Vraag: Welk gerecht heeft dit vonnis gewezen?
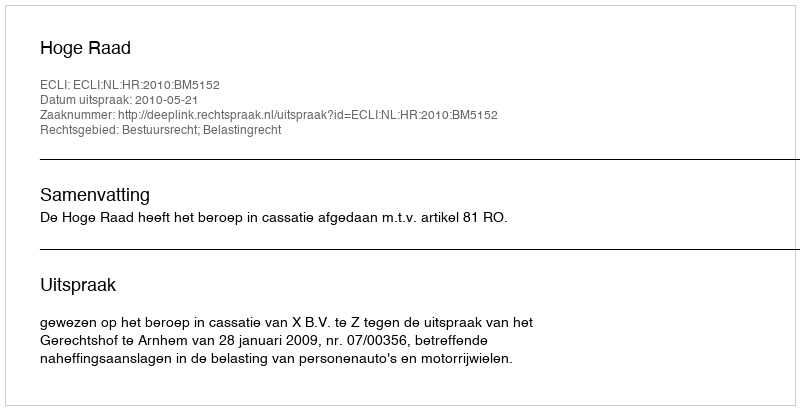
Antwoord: Hoge Raad